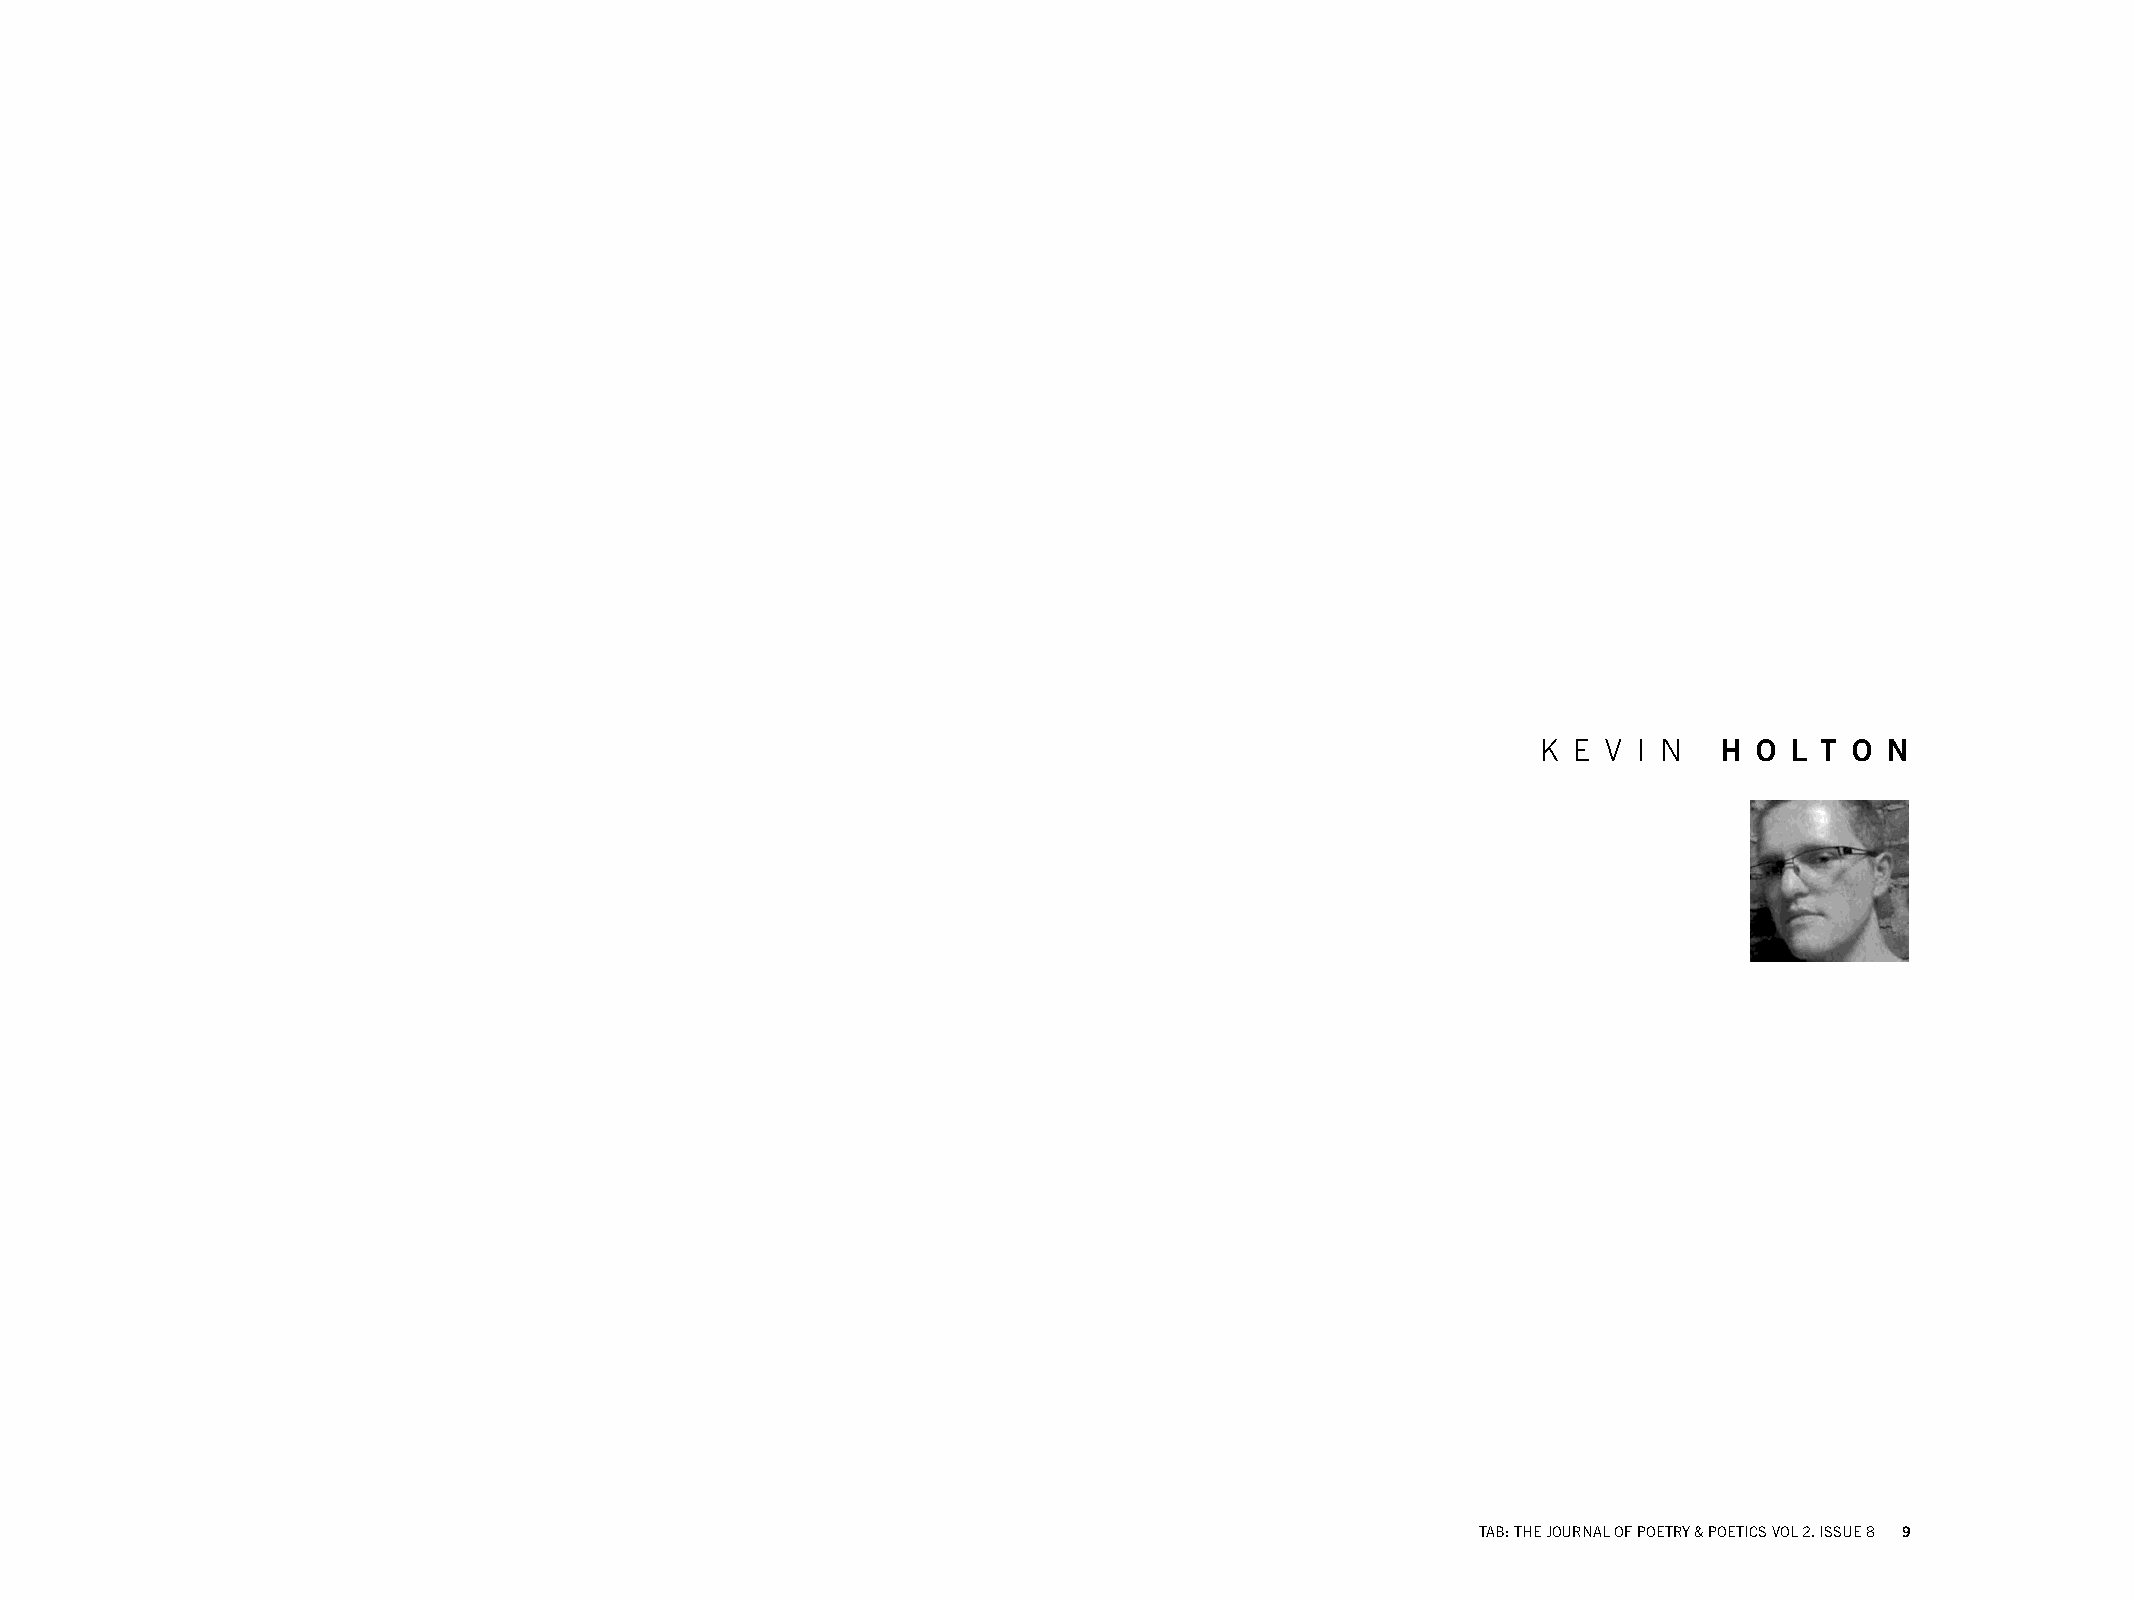
K E V I N   H O  L T O N
 TAB: THE JOURNAL OF POETRY & POETICS VOL 2. ISSUE 8 9